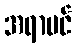
အရာပင်